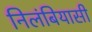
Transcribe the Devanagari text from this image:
निलंबियासी